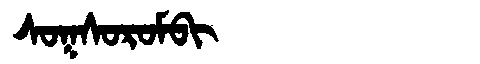
Manchu: ᠰᠣᡴᠰᠣᡵᠣᠮᠪᡳ
Romanization: SOKSOROMBI